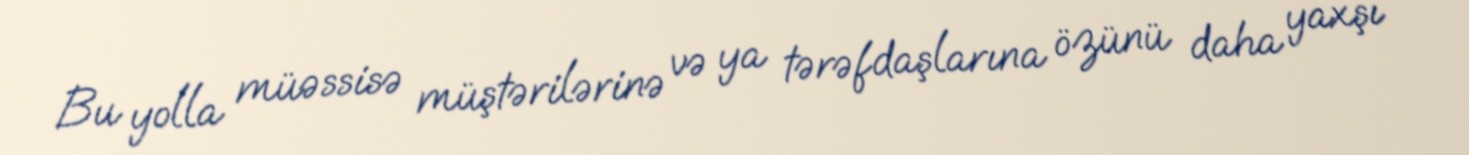
Bu yolla müəssisə müştərilərinə və ya tərəfdaşlarına özünü daha yaxşı